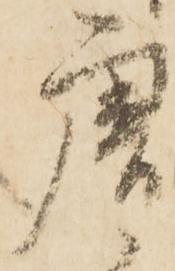
唐